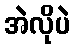
အဲလိုပဲ